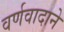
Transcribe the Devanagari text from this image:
वर्णवादाने